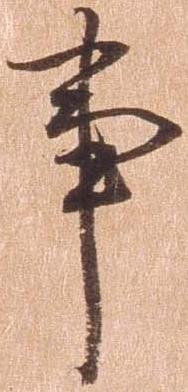
事